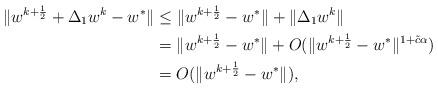
LaTeX: \begin{align*}\|{w}^{k+\frac{1}{2}}+\Delta_{1}{w}^k-{w}^{\ast}\|&\le \|{w}^{k+\frac{1}{2}}-w^{\ast}\|+\|\Delta_{1}{w}^k\|\\&=\|{w}^{k+\frac{1}{2}}-w^{\ast}\|+O(\|{w}^{k+\frac{1}{2}}-{w}^{\ast}\|^{1+\tilde{c}\alpha}) \\&=O(\|{w}^{k+\frac{1}{2}}-{w}^{\ast}\|), \end{align*}